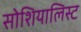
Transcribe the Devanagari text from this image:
सोशियालिस्ट